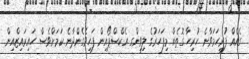
ގެއެއް ފުރިހަމަވާނެ ހުރިހާ ގޮތެއް މިފަހަރުގެ ލިވިންގ އެކްސްޕޯއިން ފަހިވެގެންދާނެ ކަމަށްވެސް ހައިރައިޒްއިން